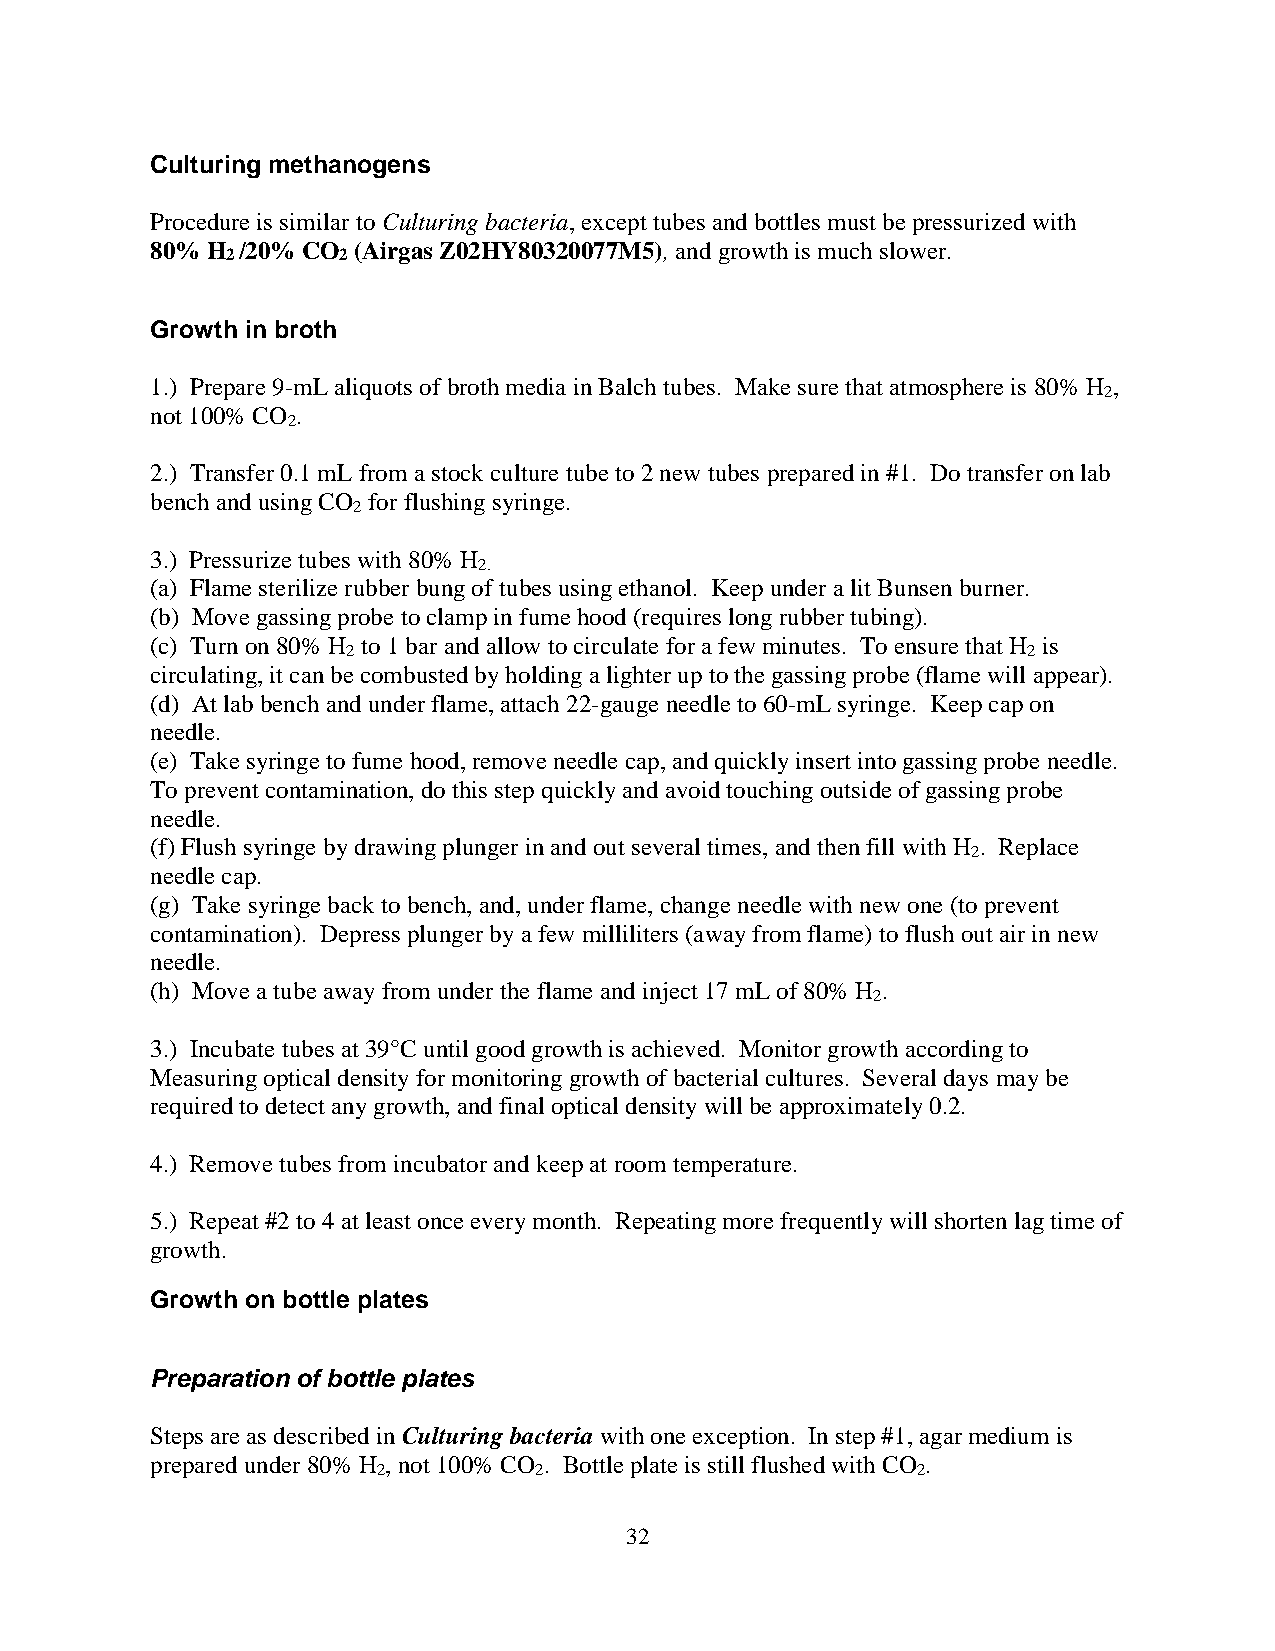
Culturing methanogens
 Procedure is similar to Culturing bacteria, except tubes and bottles must be pressurized with
 80% H /20% CO (Airgas Z02HY80320077M5), and growth is much slower.
 2      2
 Growth in broth
 1.) Prepare 9-mL aliquots of broth media in Balch tubes. Make sure that atmosphere is 80% H ,
 2
 not 100% CO .
 2
 2.) Transfer 0.1 mL from a stock culture tube to 2 new tubes prepared in #1. Do transfer on lab
 bench and using CO for flushing syringe.
 2
 3.) Pressurize tubes with 80% H
 2.
 (a) Flame sterilize rubber bung of tubes using ethanol. Keep under a lit Bunsen burner.
 (b) Move gassing probe to clamp in fume hood (requires long rubber tubing).
 (c) Turn on 80% H to 1 bar and allow to circulate for a few minutes. To ensure that H is
 2                                            2
 circulating, it can be combusted by holding a lighter up to the gassing probe (flame will appear).
 (d) At lab bench and under flame, attach 22-gauge needle to 60-mL syringe. Keep cap on
 needle.
 (e) Take syringe to fume hood, remove needle cap, and quickly insert into gassing probe needle.
 To prevent contamination, do this step quickly and avoid touching outside of gassing probe
 needle.
 (f) Flush syringe by drawing plunger in and out several times, and then fill with H . Replace
 2
 needle cap.
 (g) Take syringe back to bench, and, under flame, change needle with new one (to prevent
 contamination). Depress plunger by a few milliliters (away from flame) to flush out air in new
 needle.
 (h) Move a tube away from under the flame and inject 17 mL of 80% H .
 2
 3.) Incubate tubes at 39°C until good growth is achieved. Monitor growth according to
 Measuring optical density for monitoring growth of bacterial cultures. Several days may be
 required to detect any growth, and final optical density will be approximately 0.2.
 4.) Remove tubes from incubator and keep at room temperature.
 5.) Repeat #2 to 4 at least once every month. Repeating more frequently will shorten lag time of
 growth.
 Growth on bottle plates
 Preparation of bottle plates
 Steps are as described in Culturing bacteria with one exception. In step #1, agar medium is
 prepared under 80% H , not 100% CO . Bottle plate is still flushed with CO .
 2         2                         2
 32